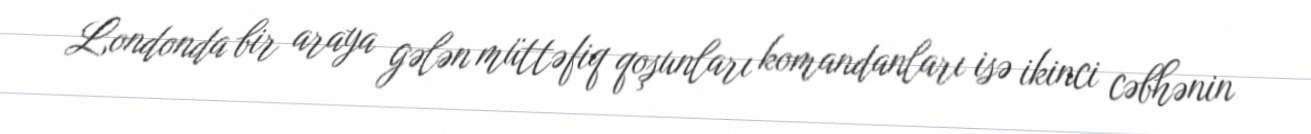
Londonda bir araya gələn müttəfiq qoşunları komandanları isə ikinci cəbhənin